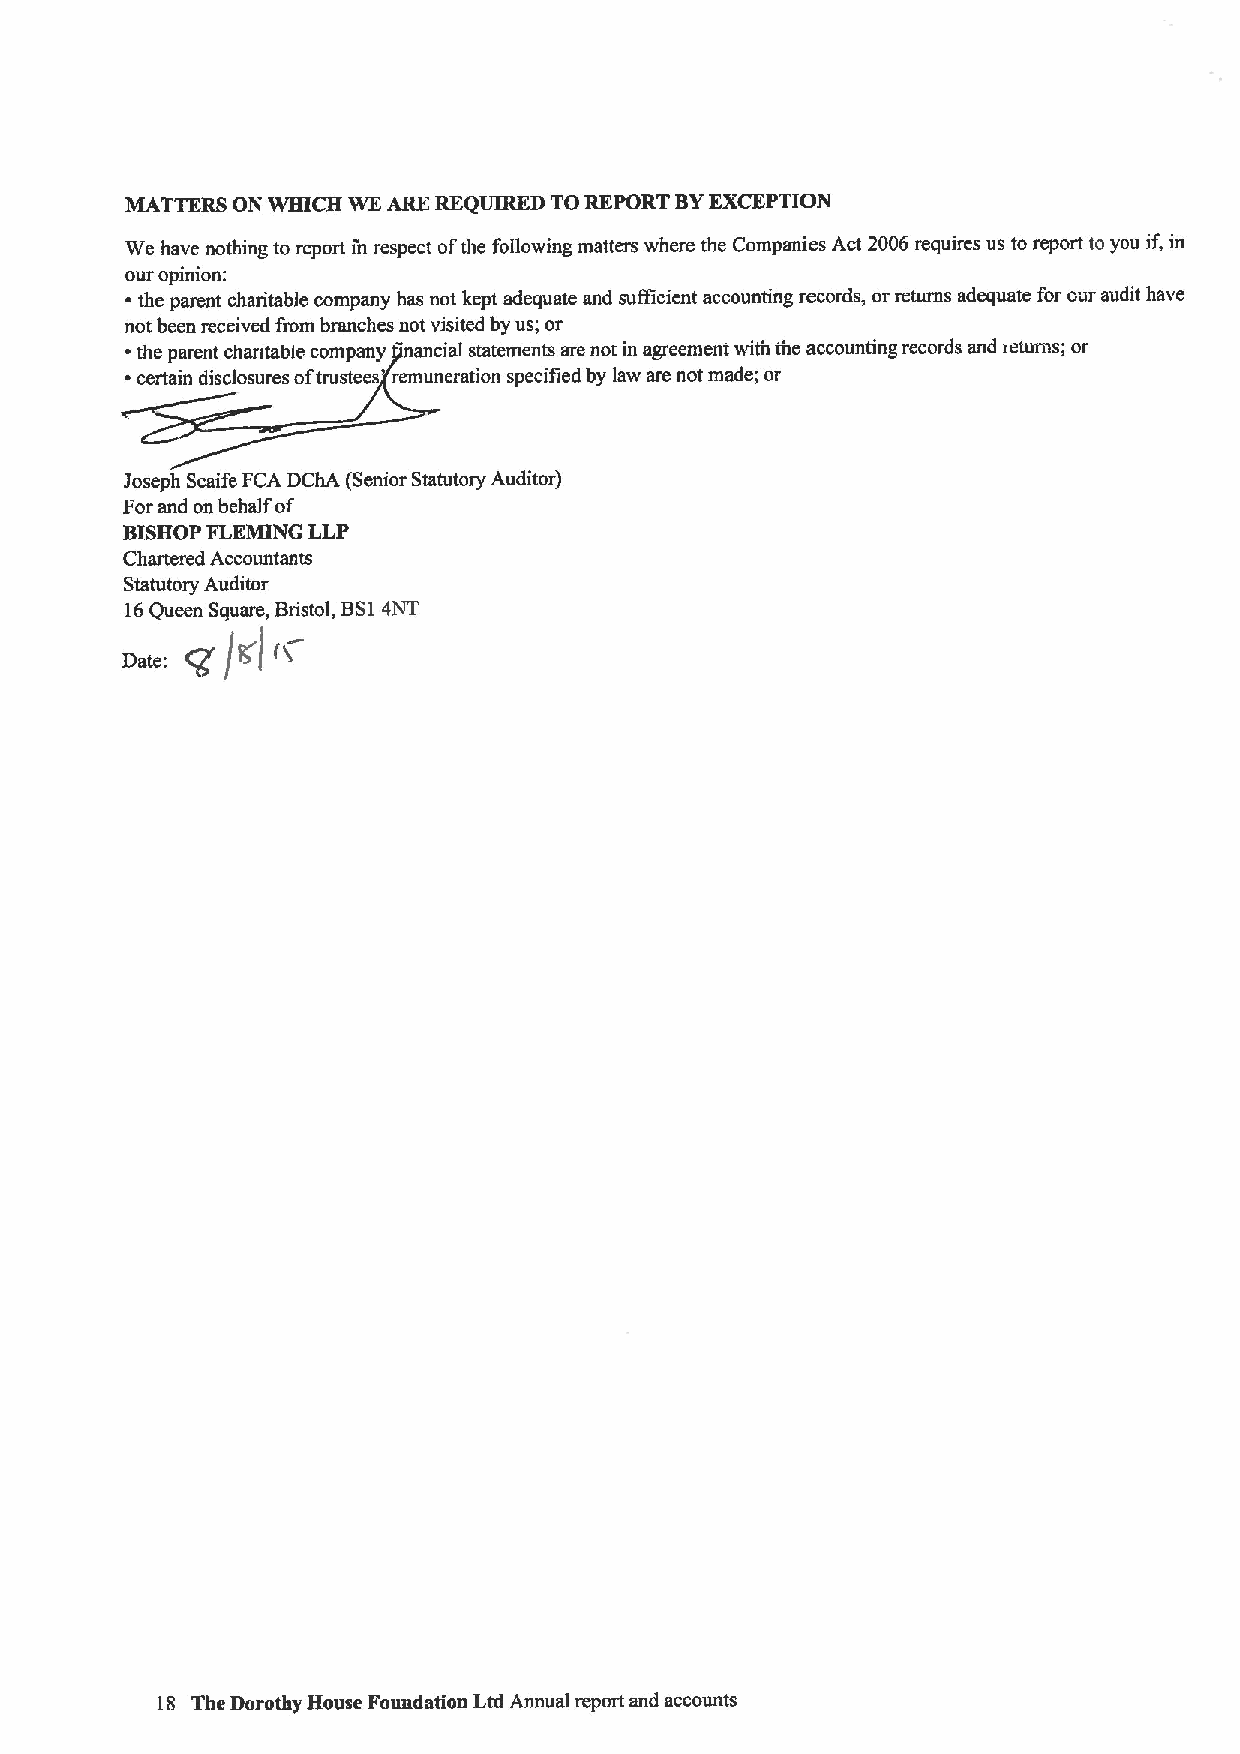
MATTERS ON WHICH WE ARE REQUIRED TOREPORT BYEXCEPTION
 We have nothing to report in respect ofthe following matters where the Companies Act 2006 requires us to report to you if, in
 our opinion:
 ~ the parent charitable company has not kept adequate and sufficient accounting records, or returns adequate for our audit have
 not been received from branches not visited by us; or
 ~the parent chantable company nancial statements are not in agreemem with the accounting records and ietums; or
 ~certain disclosures oftrustees remuneration specified by law are not made; or
 Joseph ScaifeFCA DChA (Senior Statutory Auditor)
 Forand on behalf of
 BISHOP FLEMING LLP
 Chartered Accountants
 Statutory Auditor
 16Queen Square, Bristol, BS14NT
 18 The Dorothy House Foundation Ltd Annual report and accounts